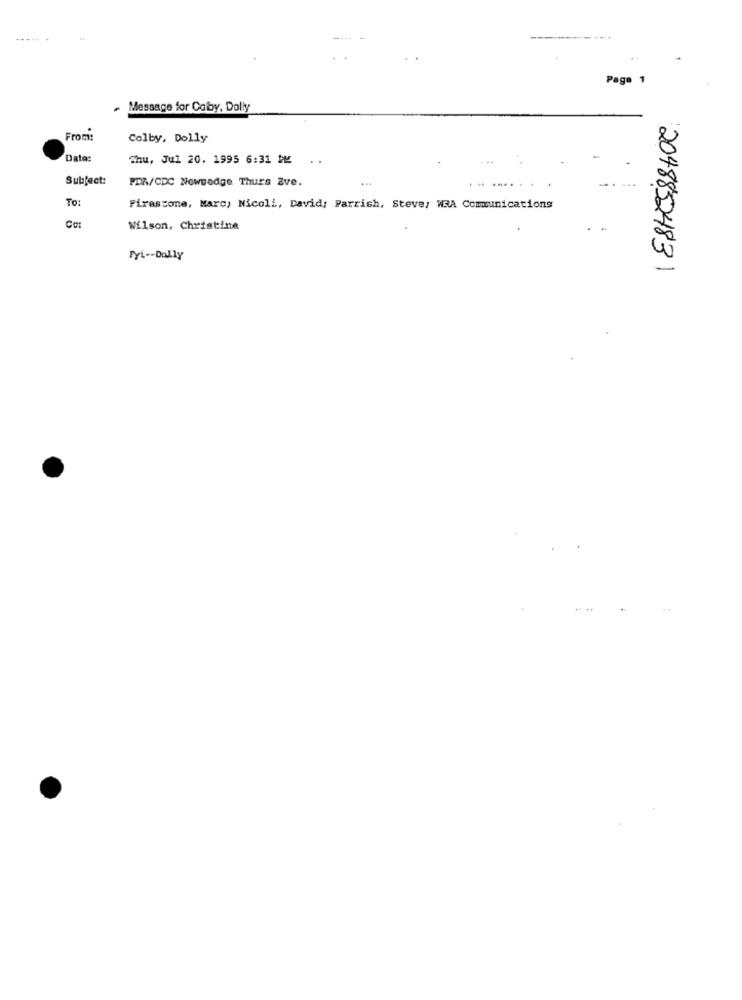
Page 1
. Message for Colby, Dolly
From:
Colby, Dolly
Date:
Thu, Jul 20. 1995 6:31 B
Subject:
PDA/CDC Nowwedge Thurs Zve.
.---..
..
To:
Firestone, Marc, Nicoli, David: Parrish, Steve: WRA Communications
Co:
Wilson, Christine
Fyi -- Dally
2048852483 1